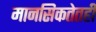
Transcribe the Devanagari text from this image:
मानसिकतेतही